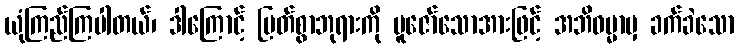
ယုံကြည်ကြပါတယ်၊ ဒါကြောင့် မြတ်စွာဘုရားကို ပူဇော်သောအားဖြင့် အဘိဓမ္မာမှ ခက်ခဲသော